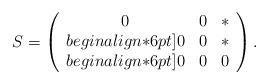
LaTeX: \begin{align*}S = \left(\begin{array}{cccc} 0 & 0 & * \\begin{align*}6pt] 0 & 0 & * \\begin{align*}6pt] 0 & 0 & 0\end{array}\right).\end{align*}